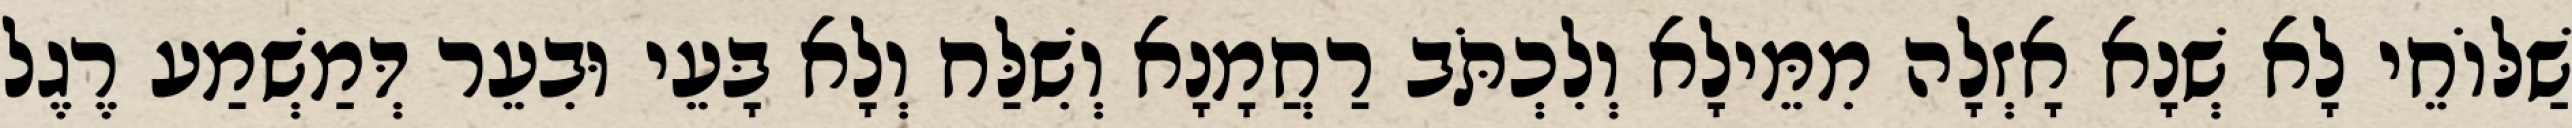
שַׁלּוֹחֵי לָא שְׁנָא אָזְלָה מִמֵּילָא וְלִכְתֹּב רַחֲמָנָא וְשִׁלַּח וְלָא בָּעֵי וּבִעֵר דְּמַשְׁמַע רֶגֶל